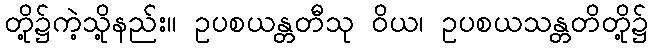
တို့၌ကဲ့သို့နည်း။ ဥပစယန္တတီသု ဝိယ၊ ဥပစယသန္တတိတို့၌